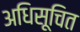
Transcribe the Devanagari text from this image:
अधिसूचित